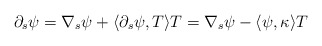
\begin{align*}\partial_s \psi=\nabla_{s} \psi +\langle \partial_s\psi, T\rangle T=\nabla_{s} \psi -\langle \psi, \kappa\rangle T \end{align*}